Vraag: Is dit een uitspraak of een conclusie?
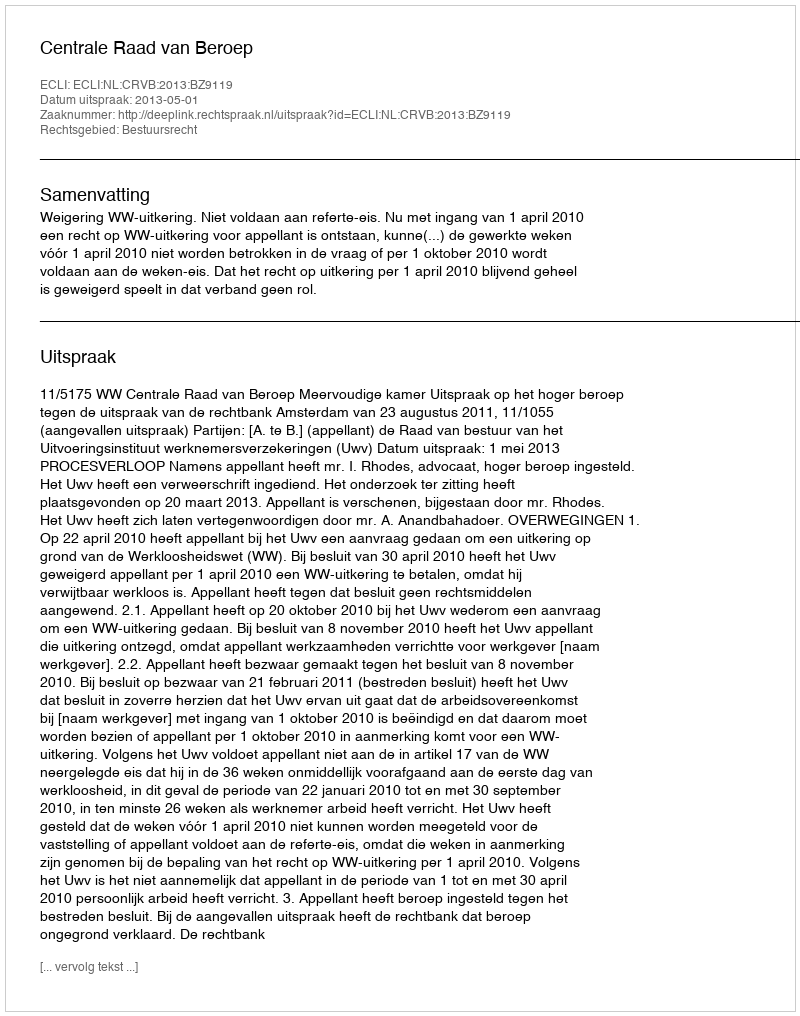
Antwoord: Uitspraak